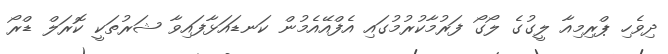
ދިވެހި ޕްރިމިއާ ލީގުގެ ލޯގޯ ފަރުމާކުރުމުގައި އެފްއޭއެމުން ކަނޑައަޅާފައިވާ ޝަރުތަކީ ކޮރަލް ޑްރޯ